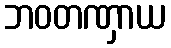
ဘဝတဏှာယ